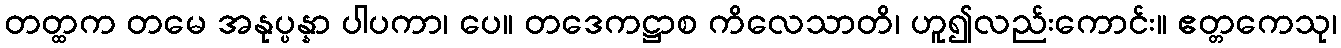
တတ္ထက တမေ အနုပ္ပန္နာ ပါပကာ၊ ပေ။ တဒေကဋ္ဌာစ ကိလေသာတိ၊ ဟူ၍လည်းကောင်း။ ဧတ္တကေသု၊